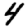
Digit: 4